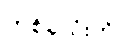
တစ်ခုလုံးကို